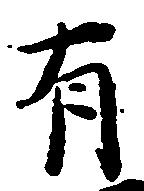
有